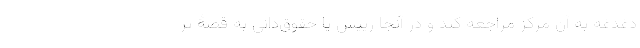
دغدغه به آن مرکز مراجعه کند و در آنجا رییس یا حقوق‌دانی به قصۀ پُر